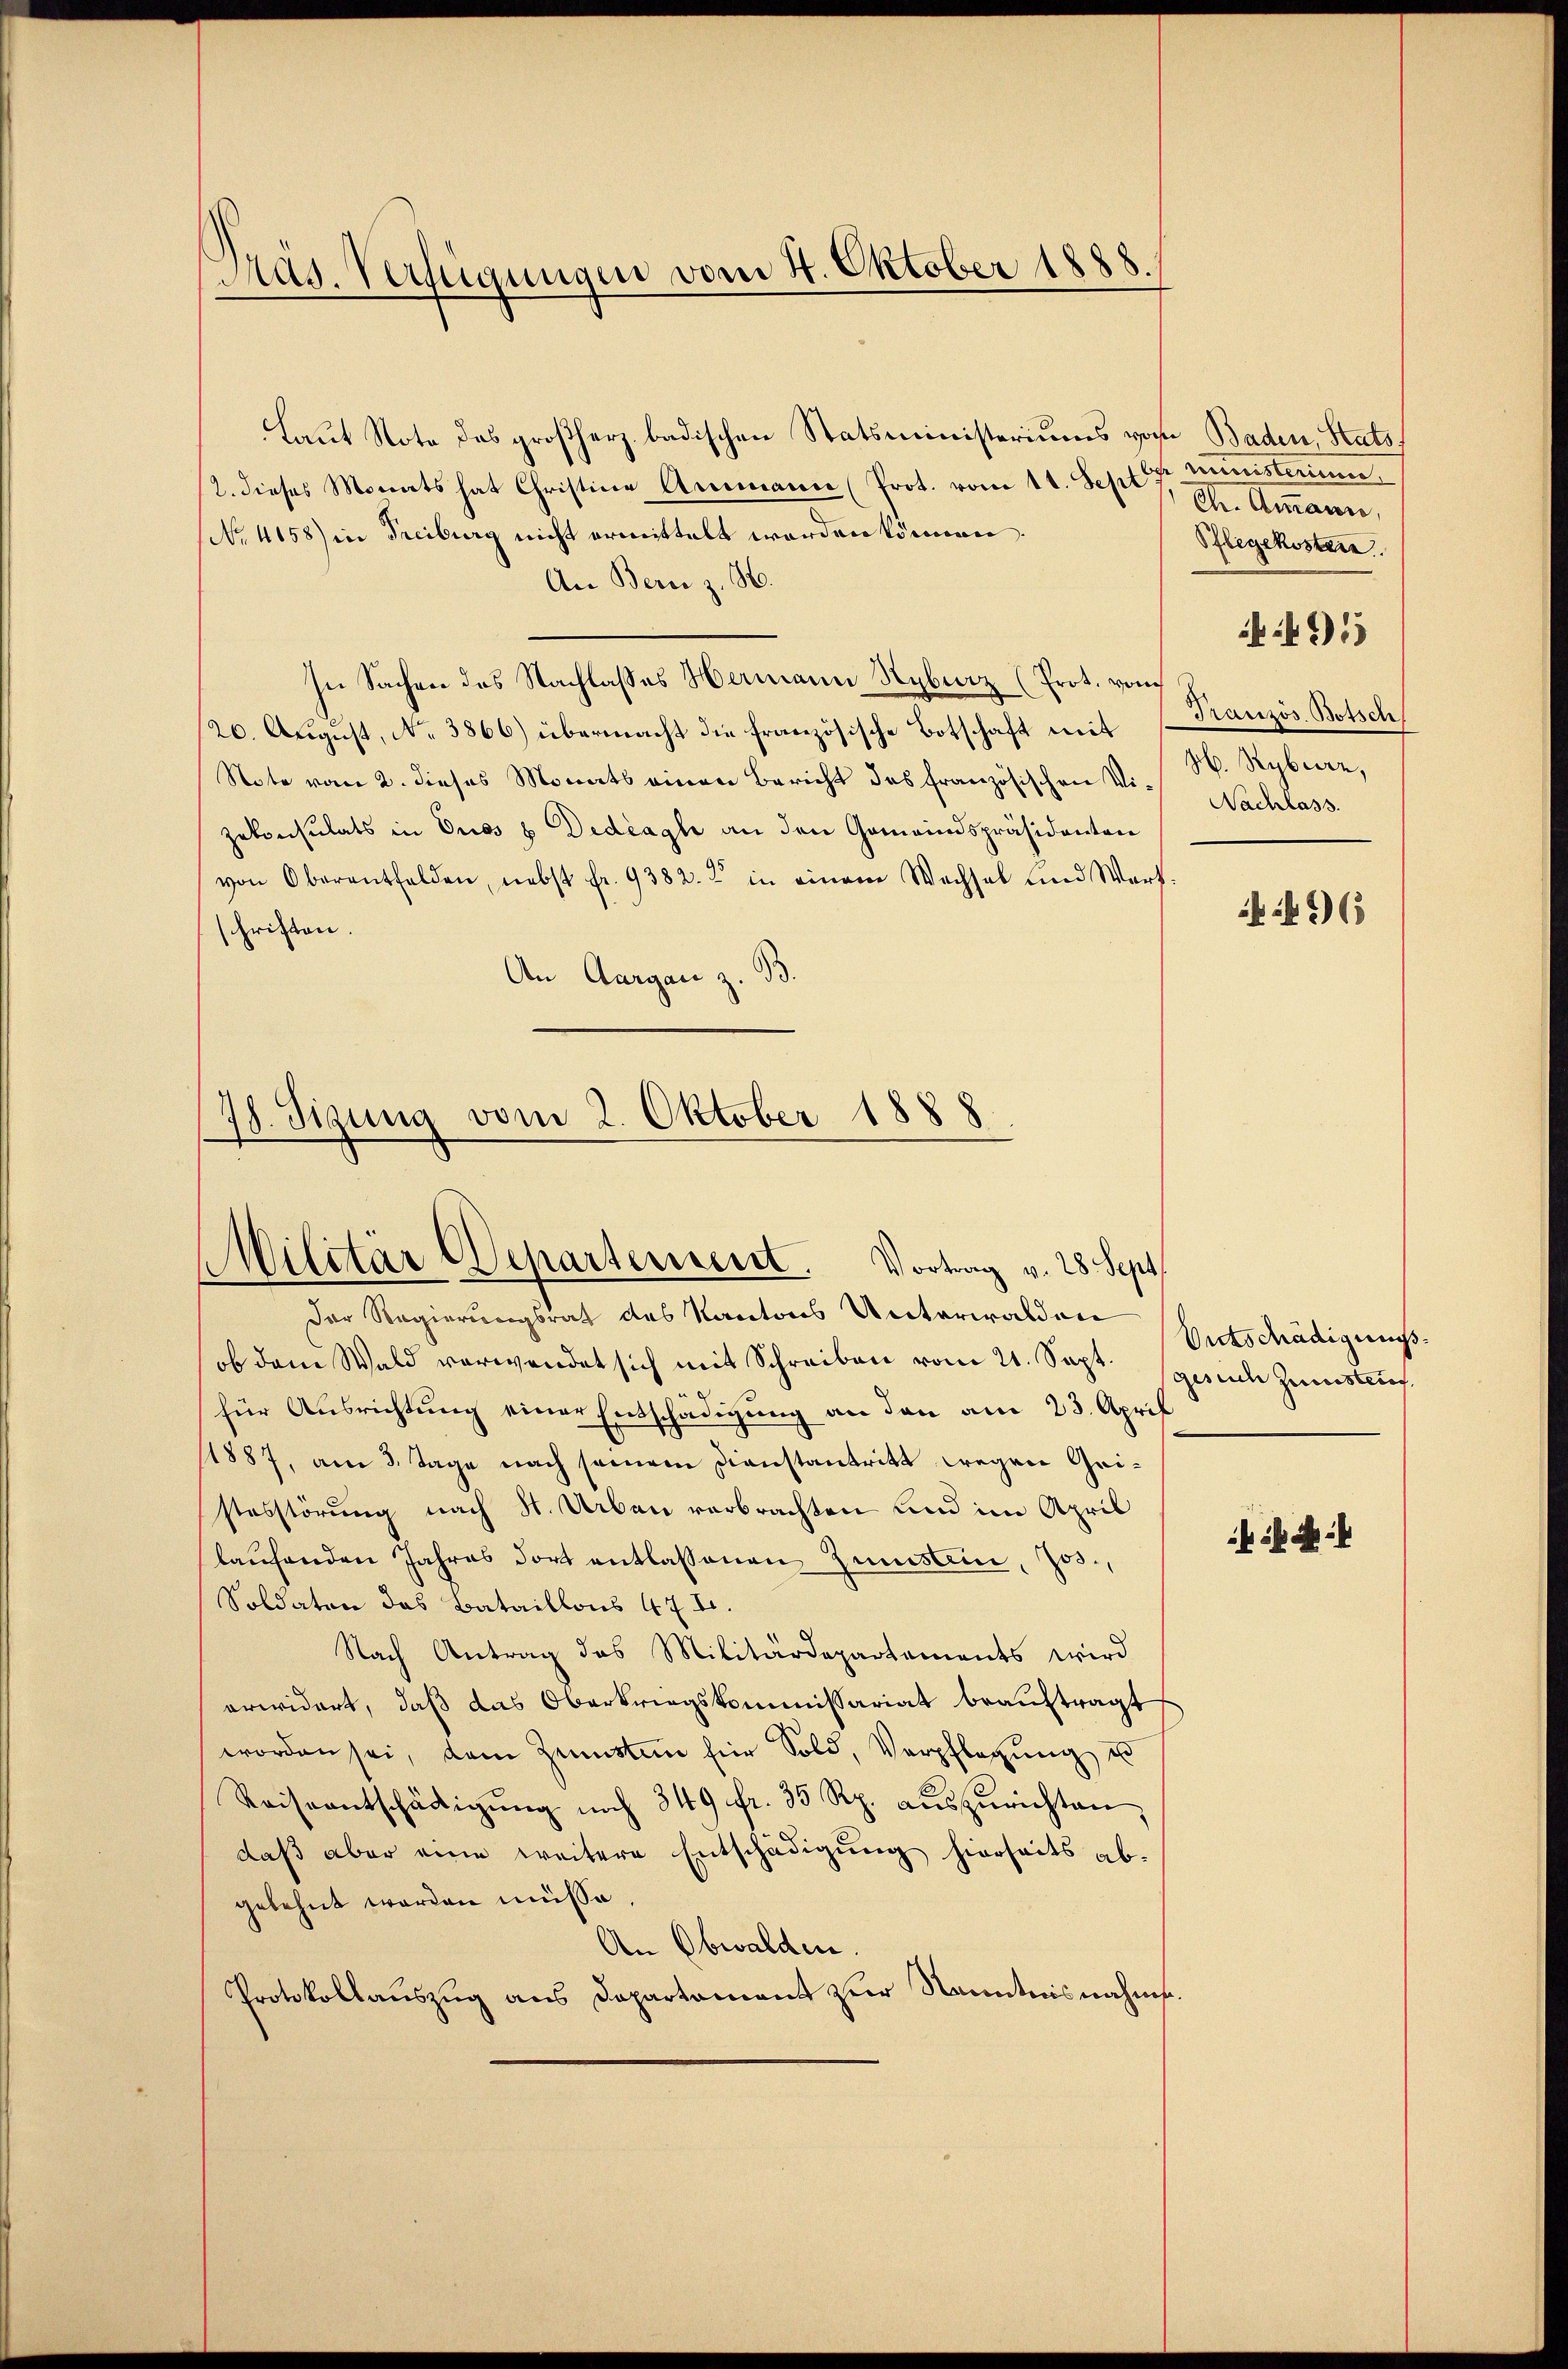
Präg. Verfügungen vom 4. Oktober 1888.

Laut Note das großherz badischen Statsministeriums vom Baden, Stats¬
(2. dieses Monats hat Christine Ammann (Prot. vom 11. Sept
No. 4158) in Freiburg nicht ermittelt worden können.
An Bern z. H.
In Sachen des Nachlasses Hermann Rybinz (Prot. von
20. August, No 3866) übermacht die französische Botschaft mit
Note vom 2. dieses Monats einen Bericht des französischen Vi-Nachlass
Zekonsulats in Ores & Dediagl an den Gemeindspräsidenten
von Oberentfelden, nebst fr. 9382. 2 in einem Wechsel und Wart-
critten.
An Aargau z. B.

78. Sizung vom 2. Oktober 1888.
Militär Departerreist. Vortrag v. 28 Sept.

Der Regierungsrath des Kantons Unterwalden
ob dem Wald verwendet sich mit Schreiben vom 21. Sept. (gerich Zustauf
für Ausrichtŭng einer Entschädigung an den am 23. April
11887, am 3. Tage nach seinem Dienstantritt wegen Geistesstörung nach St. Arben verbrachten und im April
laŭfenden Jahres dort entlassenen Gunstein, Jos.,
Soldaten das Bataillons 47 I.
Nach Antrag das Militärdepartements wird
erwidert, daß das Oberkriegskommissariat beauftragt
worden sei, dem Zennsten für Sold, Verpflegung un
Reiseentschädigŭng noch 349 fr. 35 Rp. auszurichten,
daß aber eine weitere Entschädigung hierseits abgelehnt worden müsse,
An Obwalden.
Protokollauszug aus Departement zur Kenntnisnahme.

Ministerium
Dr. Ammann,
Pflegekosten
Französ. Botsch
M. Rybuerz,

491

96

Entschädigungs¬